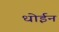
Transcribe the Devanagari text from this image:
धोईन